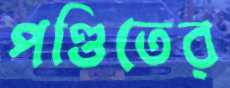
পণ্ডিতের